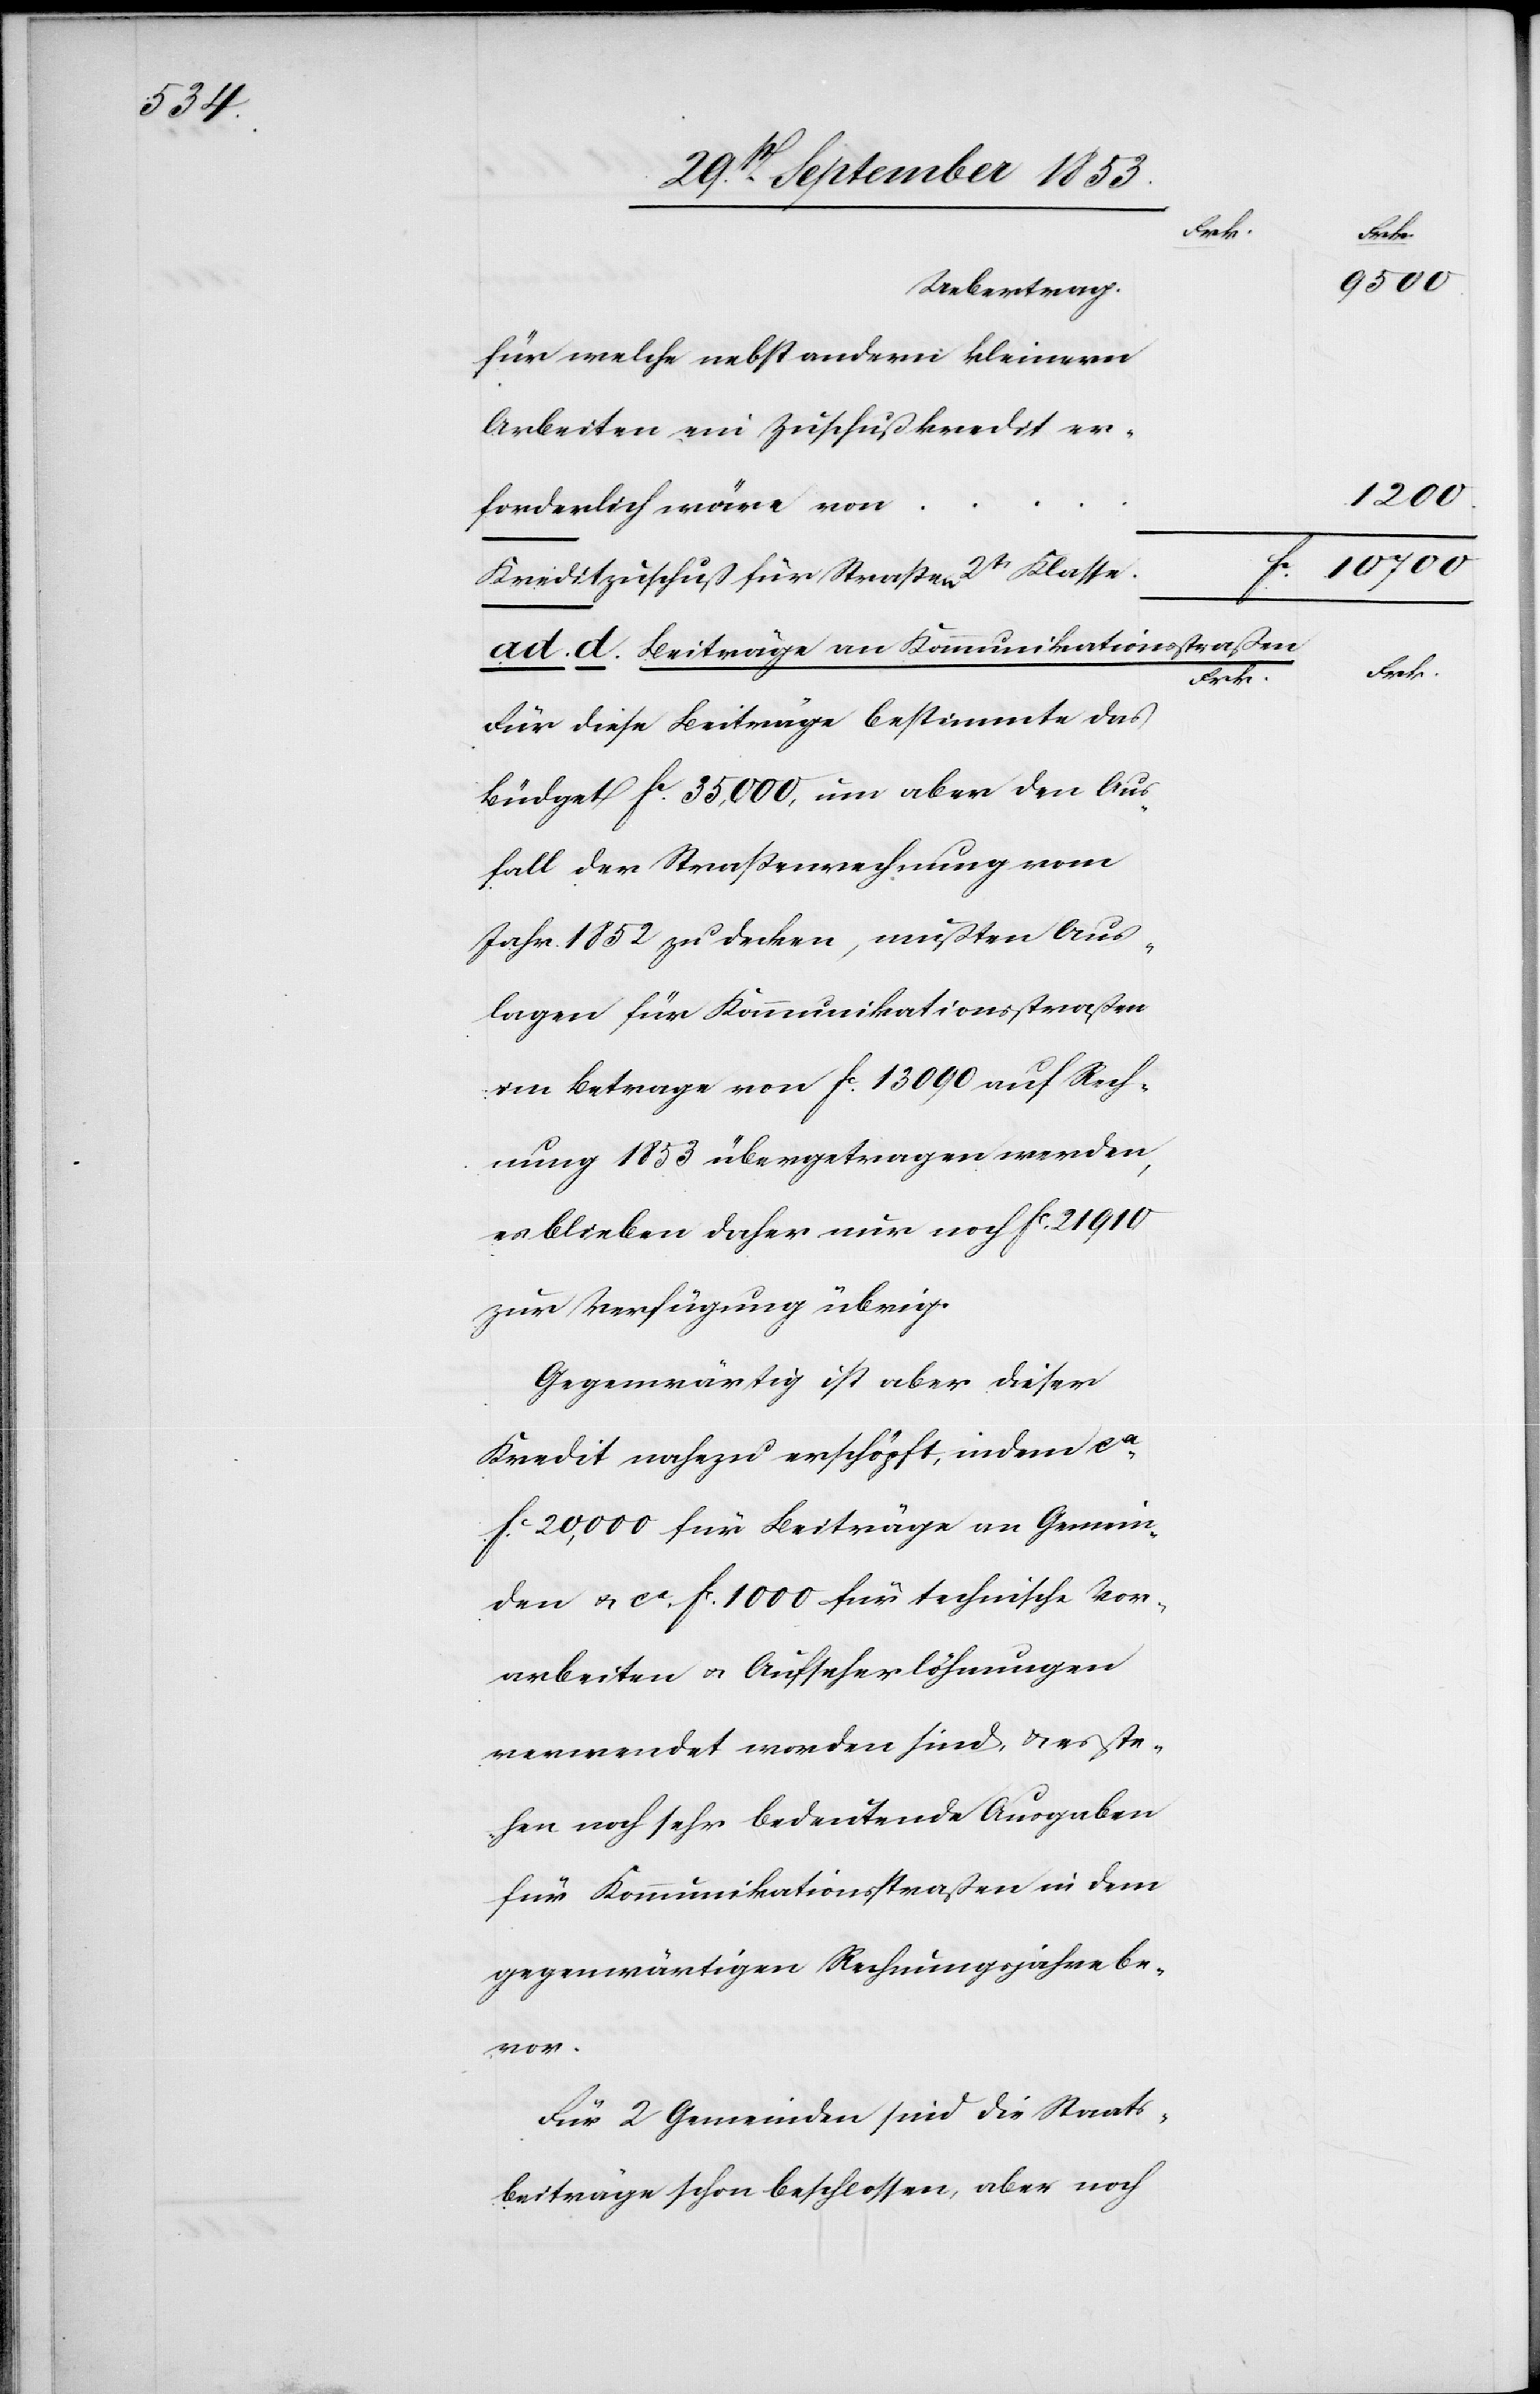
ad. d. Beiträge an Kommunikatios¬
Für diese Beiträge bestimmte das
Büdget fc 35,000, um aber den Aus¬
fall der Staatsrechnung vom
Jahr 1852 zu decken, mußten Aus¬
lagen für Kommunikationsstraßen
im Betrage von fc 13 090 auf Rech¬
nung 1853 übertragen werden,
es bleiben daher nur noch fc 21 910
zur Verfügung übrig.
Gegenwärtig ist aber dieser
Kredit nahezu erschöpft, indem ca
fc 20,000 für Beiträge an Gemein¬
den u. ca fc 1000 für technische Vor¬
arbeiten u. Aufseherlöhnungen
verwendet worden sind, u. es ste¬
hen noch sehr bedeutende Ausgaben
für Kommunikationsstraßen in dem
gegenwärtigen Rechnungsjahre be¬
vor.
Für 2 Gemeinden sind die Staats¬
beiträge schon beschlossen, aber noch

straßen

1200.
10700.